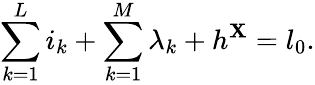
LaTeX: \sum_{k=1}^{L}i_{k}+\sum_{k=1}^{M}\lambda_{k}+h^{\mathbf{X}}=l_{0}.